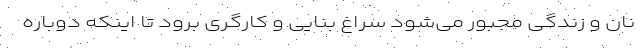
نان و زندگی مجبور می‌شود سراغ بنایی و کارگری برود تا اینکه دوباره